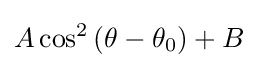
A\cos ^{2}{(\theta -\theta _{0})}+B